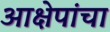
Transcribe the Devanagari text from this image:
आक्षेपांचा